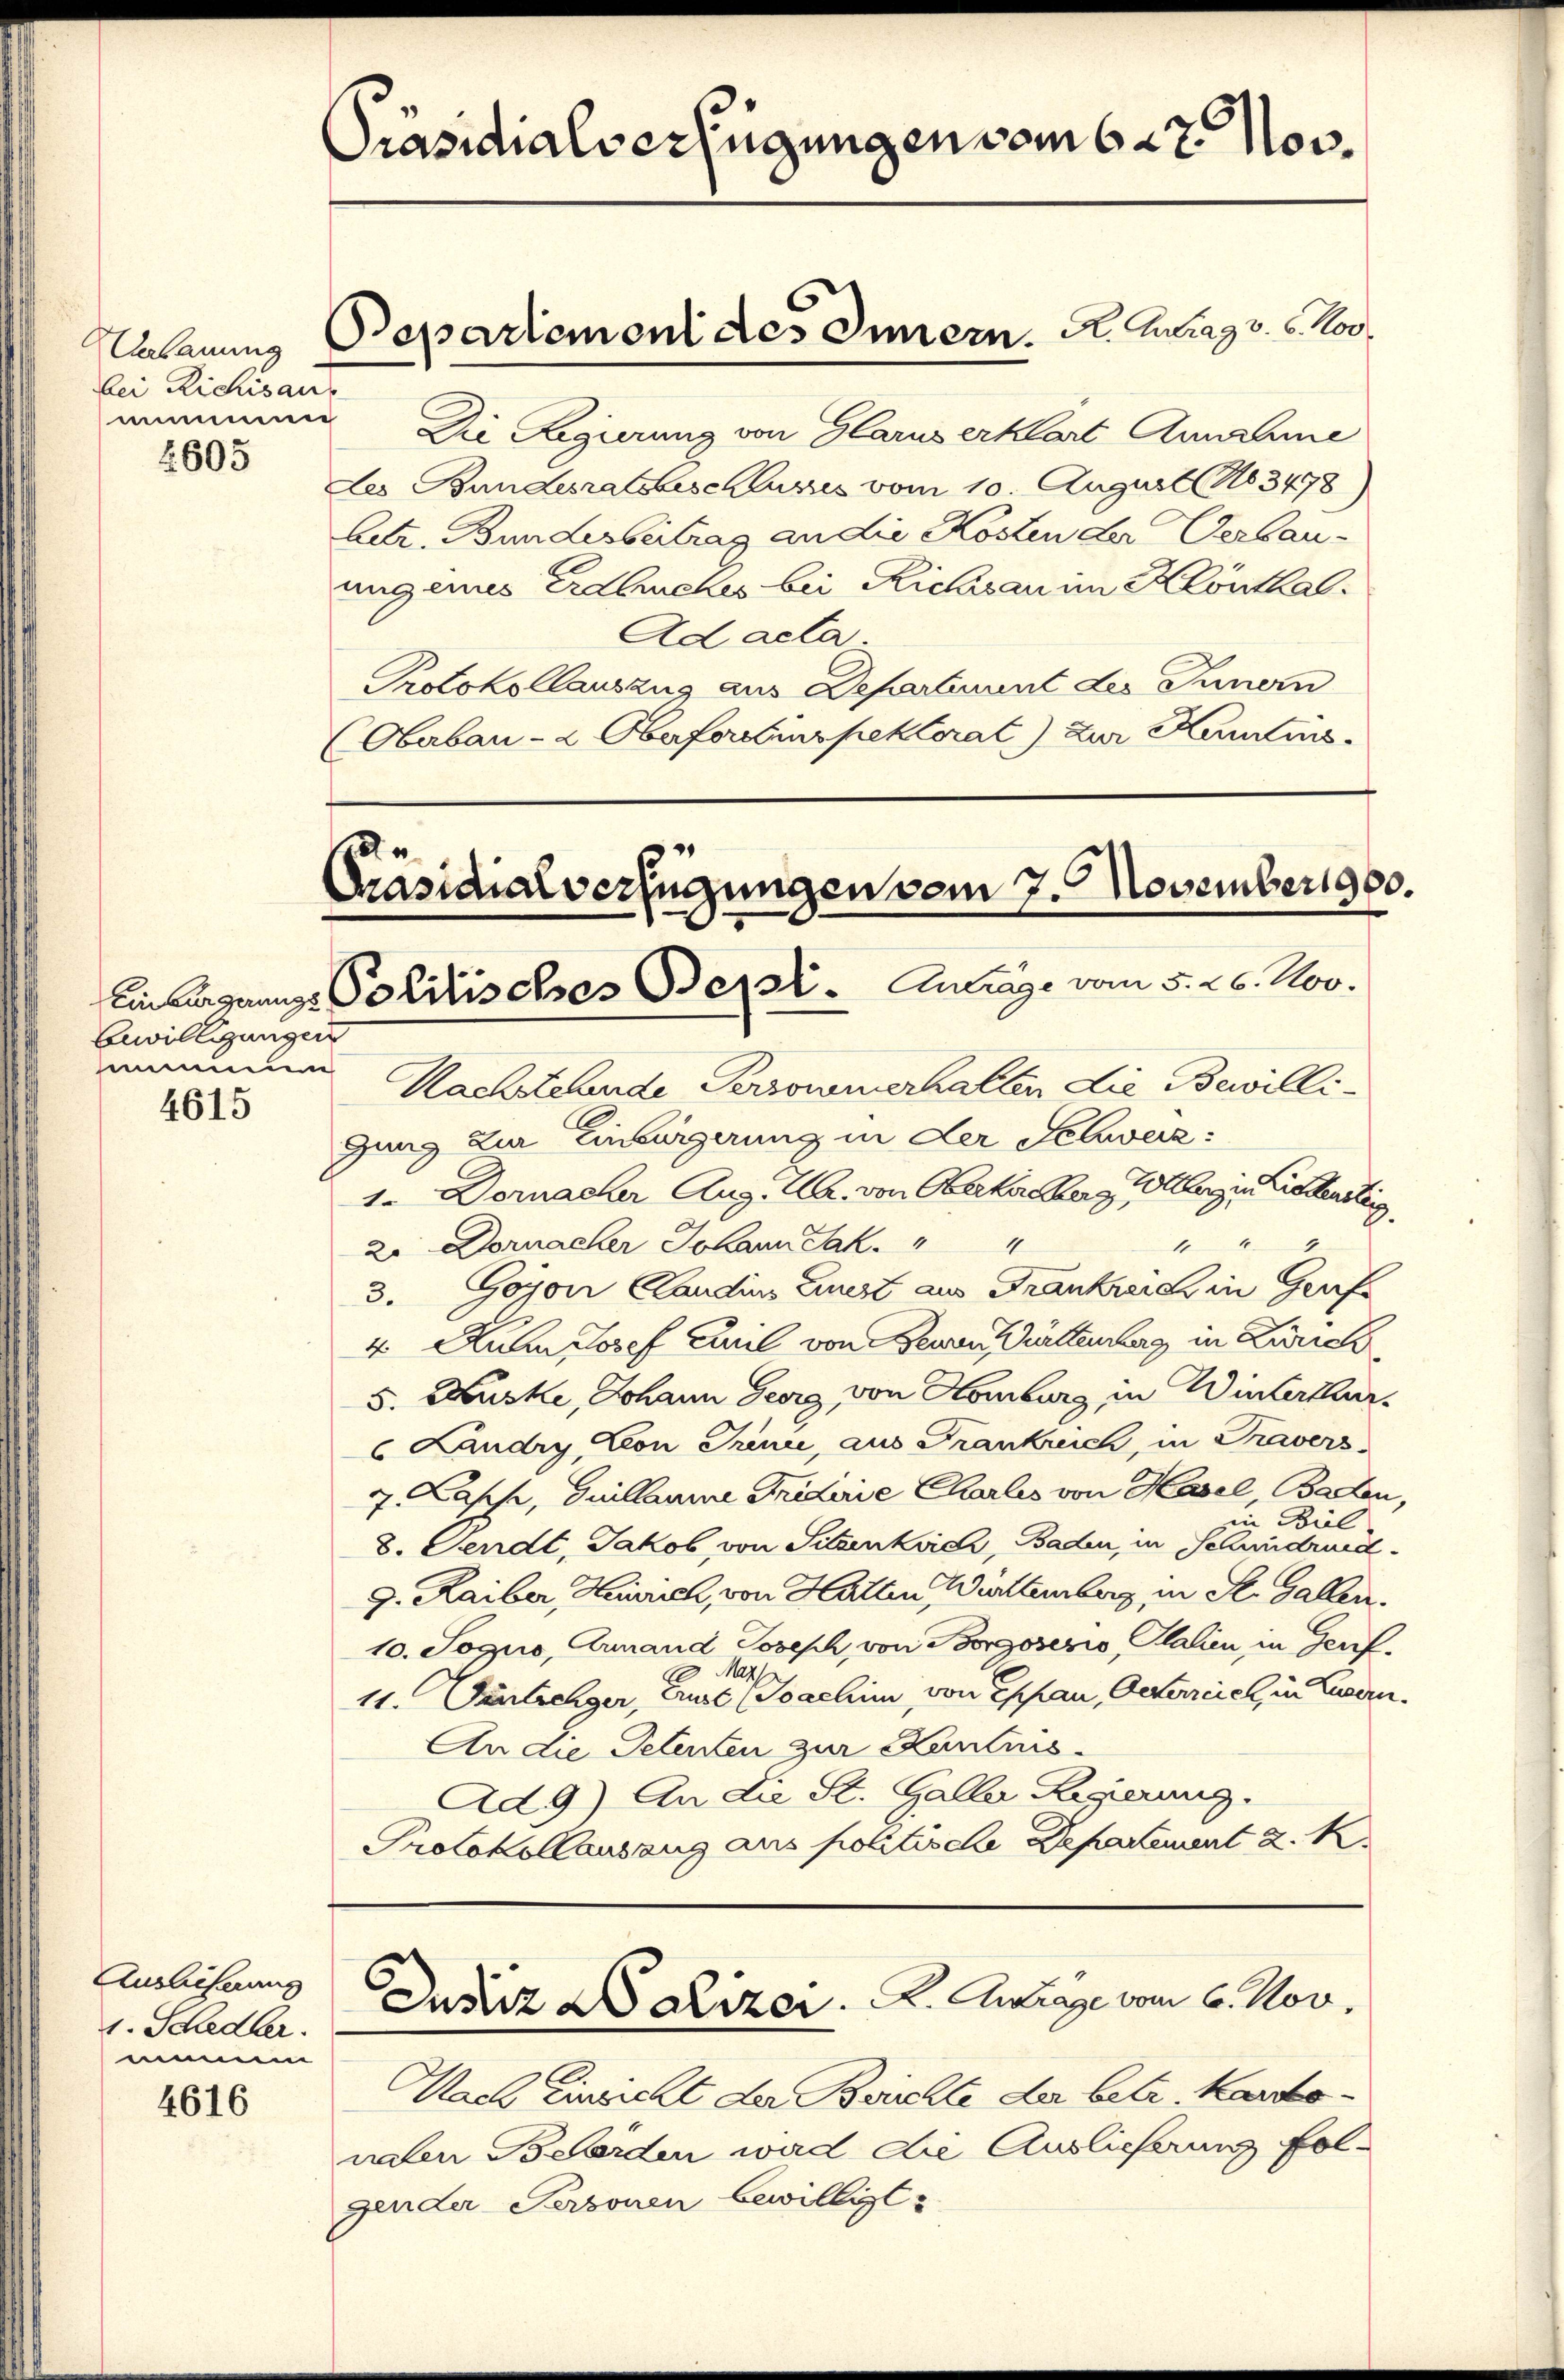
Verbauung
bei Richisan
m

2605

4615

Anzlicherung
v. Schedler.
mimen

4616

Präsidialverfügungen vom 6. 27 Nov.

Bewilligungen
mmmnun

Departemoni des Inner. A. Antrag v. 6. Nov.

Präsidialverfügungen vom 7. November 900.
Einbergerungs Politisches Beist. Antrage vom 5. 26. Nov.

Die Regierung von Glarus erklärt Annahme
des Bundesratsbeschlusses vom 10. August (No 3478)
betr. Bundesbeitrag an die Kosten der Verbau-
ung eines Erdbuches bei Richisau im Klönthal¬
Ad acta
Protokollauszug aus Departement des Innern
(Oberbau - 2. Oberfortinspektorat) zur Kenntnis.

Nachstehende Personnerhalten die Bewilligung zur Einbürgerung in der Schweiz:
1. Dornacher Aug. H. von Oberkirchberg Weberg in Liebensteig,
le
2. Dornacher Johann Jak. " "
3. Goyon Candins Liest aus Frankreich in Grafe
4 Aunn Josef Carl von Bewen Gürttemberg in Zürich
5. Auske, Johann Georg von Homburg, in Winterthur.
 Landry Cron Trinie, aus Frankreich, in Travers
7. Casse, Guillaume Fridinie Charlis von Hasel, Baden,
in Biel
8. Sendt, Jakob von Sitzenkrich, Baden, in Schwindruck.
g. Raiber Heinrich, von Hatten Württemberg in St. Galler.
10. Sogno, Ammand Joseph, von Borgoserio, Italien in Geref.
Mar
11. Fertielger, Erut (Soachin von Eppan, Osterciel, in Luzern.
An die Petenten zur Kantnis¬
Ad 9) An die St. Galler Regierung.
Protokollauszug aus politische Departement z. K.

Nach Einsicht der Berichte der betr. Kartonalen Beerden wird die Auslieferung folgender Personen bewilligt.

5
Justiz Waizer. K. Antrage vom 6. Nov.